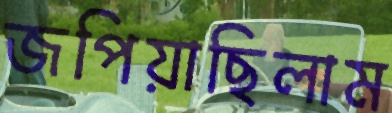
জপিয়াছিলাম